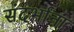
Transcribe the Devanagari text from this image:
संदर्भांना